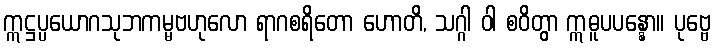
ဣဋ္ဌပ္ပယောဂသုဘကမ္မဗဟုလော ရာဂစရိတော ဟောတိ, သဂ္ဂါ ဝါ စဝိတွာ ဣဓူပပန္နော။ ပုဗ္ဗေ